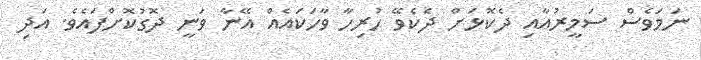
ނަމަވެސް ސަމީރުއާއި ދެކޮޅަށް ދެކެވޭ ހުރިހާ ވާހަކައެއް އޭނާ ވަނީ ދޮގުކޮށްފައެވެ. އަދި